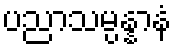
ပညာသမ္ပန္နာနံ